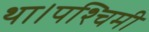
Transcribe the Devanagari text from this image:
था।पश्चिमी